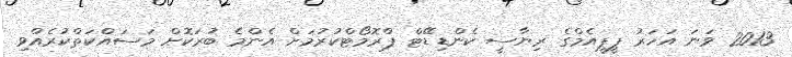
2013 ވަނަ އަހަރު ޕީޕީއެމްގެ ރިޔާސީ ކެންޑިޑޭޓް ޕްރޮމޯޓްކުރުމަށް އެންމެ ބުރަކޮށް މަސައްކަތްކުރެއްވި